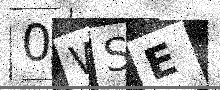
Text: 0WSE